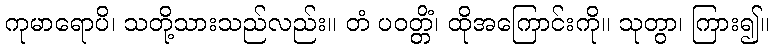
ကုမာရောပိ၊ သတို့သားသည်လည်း။ တံ ပဝတ္တိံ၊ ထိုအကြောင်းကို။ သုတွာ၊ ကြား၍။